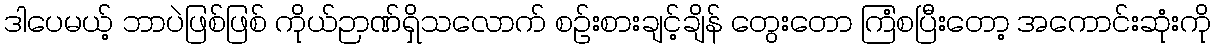
ဒါပေမယ့် ဘာပဲဖြစ်ဖြစ် ကိုယ်ဉာဏ်ရှိသလောက် စဉ်းစားချင့်ချိန် တွေးတော ကြံစပြီးတော့ အကောင်းဆုံးကို